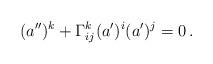
LaTeX: \begin{align*} (a'')^k+\Gamma_{ij}^k (a')^i (a')^j=0\,.\end{align*}